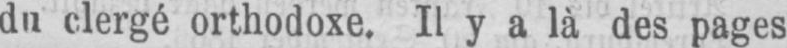
du clergé orthodoxe. Il y a là des pages